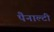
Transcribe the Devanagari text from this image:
पैनाल्टी